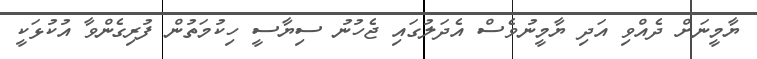
ޔާމީނަށް ދެއްވި އަދި ޔާމީނުވެސް އެދަލުގައި ޖެހުނު ސިޔާސީ ހިކުމަތުން ފުރިގެންވާ އުކުޅަކީ